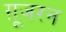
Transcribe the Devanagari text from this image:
ग़ूजरन